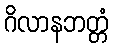
ဂိလာနဘတ္တံ